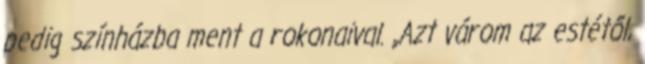
pedig színházba ment a rokonaival. „Azt várom az estétől,